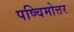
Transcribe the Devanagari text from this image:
पष्चिमोत्तर